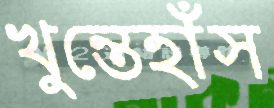
খুন্তেহাঁস